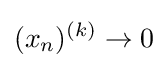
(x_{n})^{(k)}\to 0